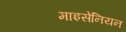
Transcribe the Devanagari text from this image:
माइसेनियन